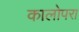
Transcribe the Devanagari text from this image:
कालोपरा